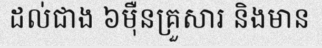
ដល់ជាង ៦ម៉ឺនគ្រួសារ និងមាន